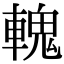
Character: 𨍹